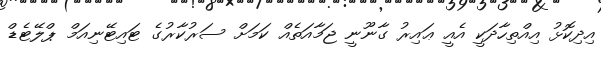
އިދިކޮޅު އިއްތިހާދަކީ އެއީ ޢައިރު ގާނޫނީ ޖަމާއަތެއް ކަމަށް ސަރުކާރުގެ ޓައިޓޭނިއަމް ޕްލޭޓެޑް